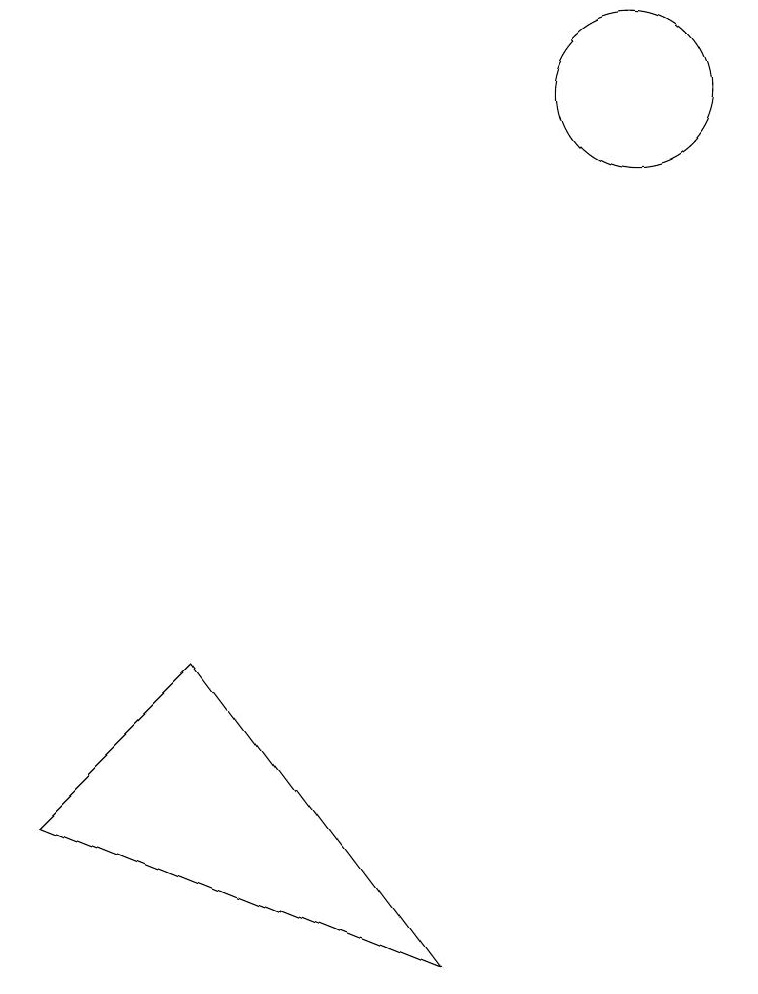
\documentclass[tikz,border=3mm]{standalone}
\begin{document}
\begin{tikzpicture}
\draw (4,4) -- (2,2) -- (7,0) -- cycle;
\draw (10,11) circle (1);
\draw (11,10) circle (0);
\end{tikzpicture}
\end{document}